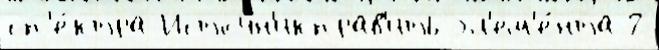
сп'е́ктра Источн'икправ'ить эл'ем'е́нта 2